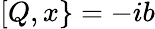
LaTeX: [Q,x\} =-ib